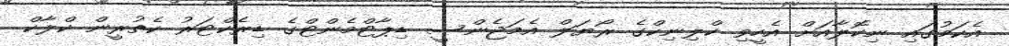
އެކަމުގައި ނިކޮލާއަށް އެހީވި ކްލިނިކްގެ ރޯޔަލް އެމަޖެންސީ ޑިޕާޓްމެންޓްގެ ޑިރެކްޓަރު ކެތުރީން ކްލާކް